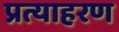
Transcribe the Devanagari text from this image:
प्रत्याहरण